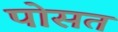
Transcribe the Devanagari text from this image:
पोसत